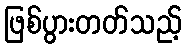
ဖြစ်ပွားတတ်သည့်